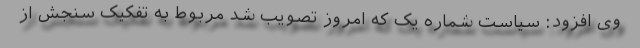
وی افزود: سیاست شماره یک که امروز تصویب شد مربوط به تفکیک سنجش از